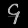
Digit: ၄